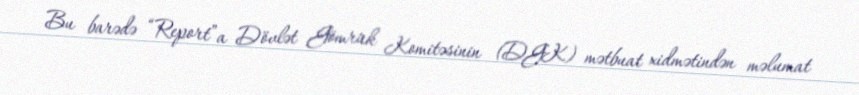
Bu barədə “Report”a Dövlət Gömrük Komitəsinin (DGK) mətbuat xidmətindən məlumat